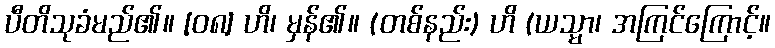
ပီတိသုခံမည်၏။ [၀၈] ဟိ၊ မှန်၏။ (တစ်နည်း) ဟိ (ယသ္မာ၊ အကြင်ကြောင့်။